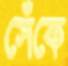
সেঁকে